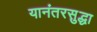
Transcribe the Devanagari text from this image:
यानंतरसुद्धा